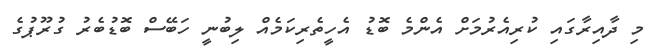
މި ދާއިރާގައި ކުރިއެރުމަށް އެންމެ ބޮޑު އެހީތެރިކަމެއް ލިބުނީ ހަބޭސް ބޮޑުބެރު ގުރޫޕުގެ